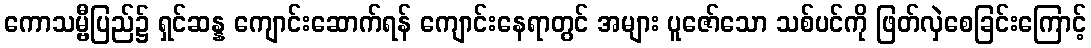
ကောသမ္ဗီပြည်၌ ရှင်ဆန္န ကျောင်းဆောက်ရန် ကျောင်းနေရာတွင် အများ ပူဇော်သော သစ်ပင်ကို ဖြတ်လှဲစေခြင်းကြောင့်